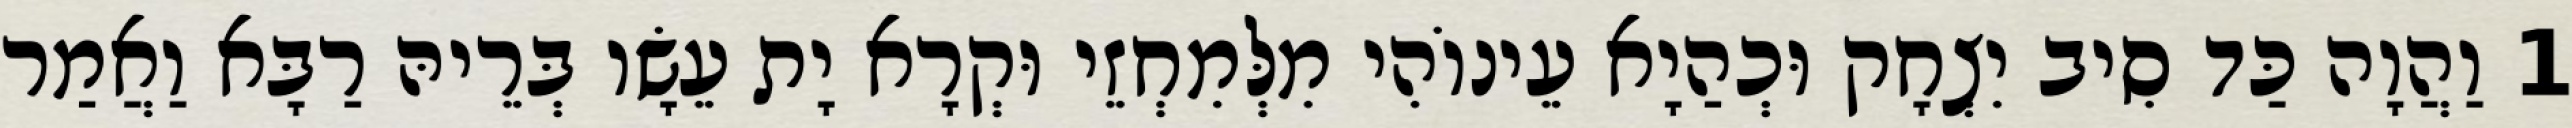
1 וַהֲוָה כַּד סִיב יִצְחָק וּכְהַיָא עֵינוֹהִי מִלְּמִחְזֵי וּקְרָא יָת עֵשָׂו בְּרֵיהּ רַבָּא וַאֲמַר